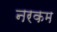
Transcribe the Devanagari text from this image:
नरकम